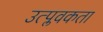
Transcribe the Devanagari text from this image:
उत्प्लवकता